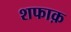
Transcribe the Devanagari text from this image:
शफाक़